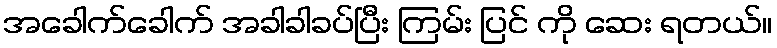
အခေါက်ခေါက် အခါခါခပ်ပြီး ကြမ်း ပြင် ကို ဆေး ရတယ်။